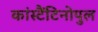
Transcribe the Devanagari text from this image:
कांस्टैंटिनोपुल